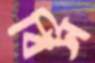
বিস